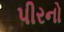
પીરનો